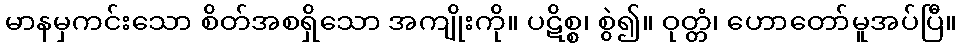
မာနမှကင်းသော စိတ်အစရှိသော အကျိုးကို။ ပဋိစ္စ၊ စွဲ၍။ ဝုတ္တံ၊ ဟောတော်မူအပ်ပြီ။